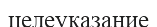
целеуказание